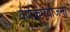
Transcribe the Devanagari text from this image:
वर्णक्रमयोजना